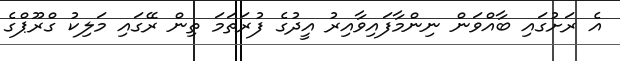
އެ ރަށުގައި ބާއްވަން ނިންމާފައިވާއިރު އީދުގެ ފުރަތަމަ ތިން ރޭގައި މަލިކު ގްރޫޕްގެ